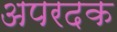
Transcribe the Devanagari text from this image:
अपरदक